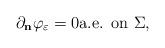
LaTeX: \begin{align*} \partial_{\bf{n}} \varphi_{\varepsilon} = 0 \textrm{a.e. on $\Sigma$,}\end{align*}